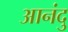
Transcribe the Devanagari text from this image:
आनंदु